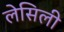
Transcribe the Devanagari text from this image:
लेसिली